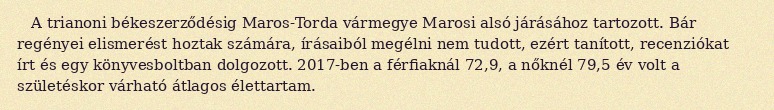
A trianoni békeszerződésig Maros-Torda vármegye Marosi alsó járásához tartozott. Bár regényei elismerést hoztak számára, írásaiból megélni nem tudott, ezért tanított, recenziókat írt és egy könyvesboltban dolgozott. 2017-ben a férfiaknál 72,9, a nőknél 79,5 év volt a születéskor várható átlagos élettartam.